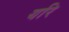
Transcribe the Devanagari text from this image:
यरि